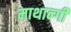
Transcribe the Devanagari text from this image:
माथान्गी